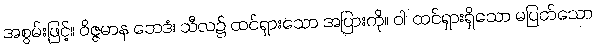
အစွမ်းဖြင့်။ ဝိဇ္ဇမာန ဘေဒံ၊ သီလ၌ ထင်ရှားသော အပြားကို။ ဝါ၊ ထင်ရှားရှိသော မပြတ်သော